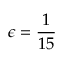
\epsilon = \frac { 1 } { 1 5 }